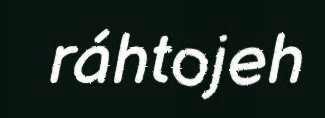
ráhtojeh